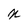
Character: N